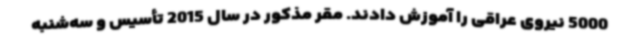
5000 نیروی عراقی را آموزش دادند. مقر مذکور در سال 2015 تأسیس و سه‌شنبه